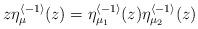
LaTeX: \begin{align*}z\eta_{\mu}^{\langle-1\rangle}(z)=\eta_{\mu_{1}}^{\langle-1\rangle}(z)\eta_{\mu_{2}}^{\langle-1\rangle}(z)\end{align*}